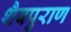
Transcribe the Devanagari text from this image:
शैवपुराण